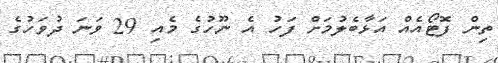
ތިން ފޮޓޯއެއް އަޅާބެލުމަށް ފަހު އެ ނޫހުގެ މެއި 29 ވަނަ ދުވަހުގެ